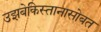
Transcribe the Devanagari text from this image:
उझबेकिस्तानासोबत